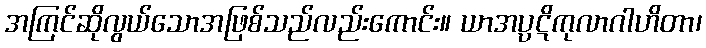
အကြင်ဆိုလွယ်သောအဖြစ်သည်လည်းကောင်း။ ယာအပ္ပဋိကုလာဂါဟိတာ၊